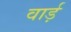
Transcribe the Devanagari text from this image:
वार्ड़